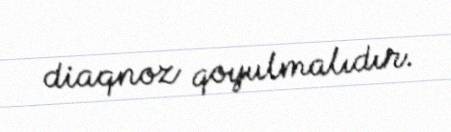
diaqnoz qoyulmalıdır.